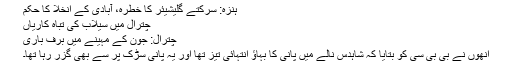
ہنزہ: سرکتے گلیشیئر کا خطرہ، آبادی کے انخلا کا حکم
چترال میں سیلاب کی تباہ کاریاں
چترال: جون کے مہینے میں برف باری
انھوں نے بی بی سی کو بتایا کہ شاہدس نالے میں پانی کا بہاؤ انتہائی تیز تھا اور یہ پانی سڑک پر سے بھی گزر رہا تھا۔